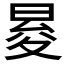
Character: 𭦕